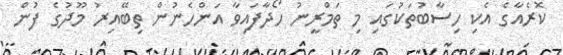
ކޮރެއާގެ އެކި ހިސާބުތަކުގައި މި ތަމްރީނު ހޯދާފައިވާ އަންހެނުން ތިބޭއިރު މޫދުގެ ފުން